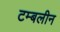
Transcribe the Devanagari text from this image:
टम्बलीन